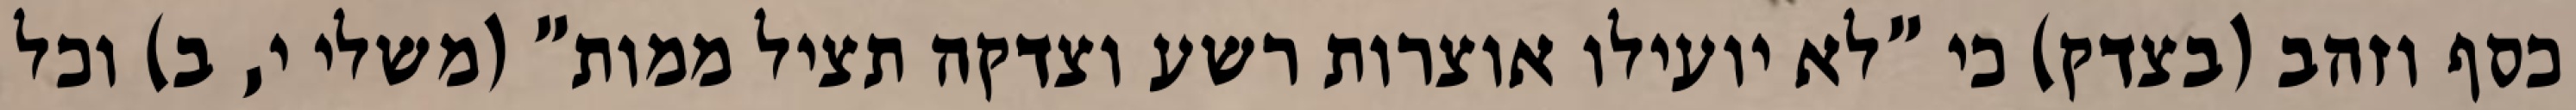
כסף וזהב (בצדק) כי "לא יועילו אוצרות רשע וצדקה תציל ממות" (משלי י, ב) וכל